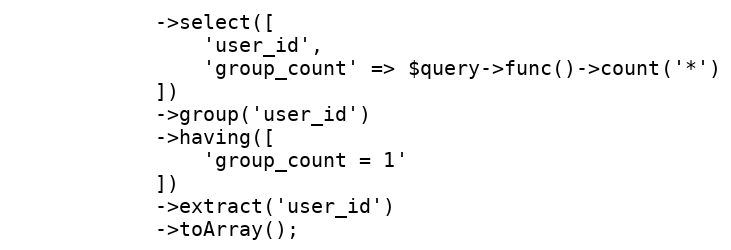
Language: PHP
            ->select([
                'user_id',
                'group_count' => $query->func()->count('*')
            ])
            ->group('user_id')
            ->having([
                'group_count = 1'
            ])
            ->extract('user_id')
            ->toArray();